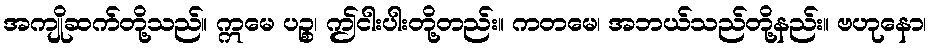
အကျိုဆက်တို့သည်။ ဣမေ ပဉ္စ၊ ဤငါးပါးတို့တည်း။ ကတမေ၊ အဘယ်သည်တို့နည်း။ ဗဟုနော၊